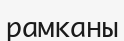
рамканы